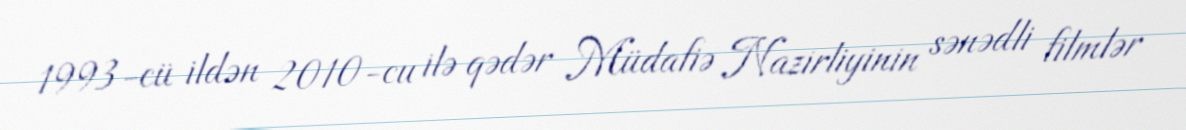
1993-cü ildən 2010-cu ilə qədər Müdafiə Nazirliyinin sənədli filmlər